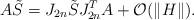
LaTeX: \begin{align*}A\tilde{S} = J_{2n}\tilde{S}J_{2n}^TA+ \mathcal{O}(\|H\|).\end{align*}